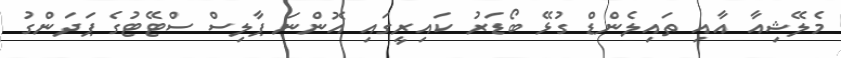
މެލޭޝިއާ އާއި ތައިލެންޑް ގުޅޭ ބޯޑަރު ކައިރީގައި އޮންނަ ޕާލިސް ސްޓޭޓުގެ ޕަދަންގު